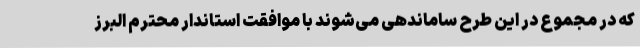
که در مجموع در این طرح ساماندهی می‌شوند با موافقت استاندار محترم البرز